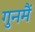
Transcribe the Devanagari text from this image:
गुनमैं